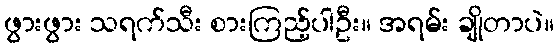
ဖွားဖွား သရက်သီး စားကြည့်ပါဦး။ အရမ်း ချိုတာပဲ။